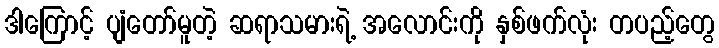
ဒါကြောင့် ပျံတော်မူတဲ့ ဆရာသမားရဲ့ အလောင်းကို နှစ်ဖက်လုံး တပည့်တွေ